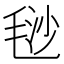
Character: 𣮅